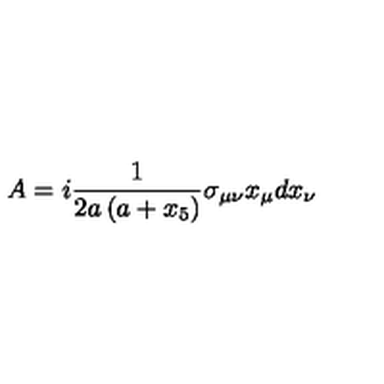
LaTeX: A = i \frac { 1 } { 2 a \left( a + x _ { 5 } \right) } \sigma _ { \mu \nu } x _ { \mu } d x _ { \nu }